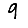
Digit: 9